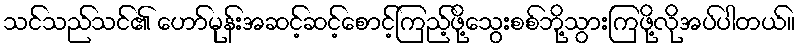
သင်သည်သင်၏ ဟော်မုန်းအဆင့်ဆင့်စောင့်ကြည့်ဖို့သွေးစစ်ဘို့သွားကြဖို့လိုအပ်ပါတယ်။